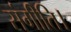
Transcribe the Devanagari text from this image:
संगीति।